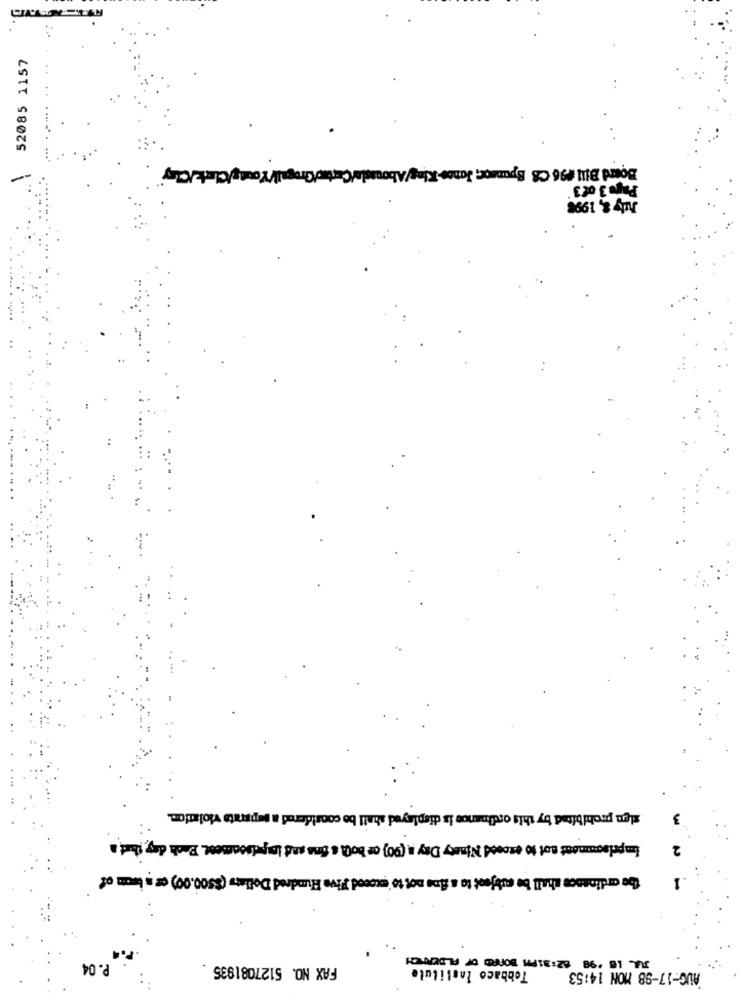
52085 1157
Page 3 of 3
July &, 1998
sign prohibited by this ordinance is displayed shall be considered a separate violation.
3
Imprisonment not to exceed Ninety Day a (90) ce boll & fina and Imprisonment. Back day that a
The ordinance shall be subject to a fine not to exceed Five Hundred Dollars (8500.00) or s İucm of
JUL 18 -98 62:31PM BOARD OF FILDERICH
P. 04
FAX NO. 5127081935
Tobbaco Institute
AUG-17-98 MON 14:53